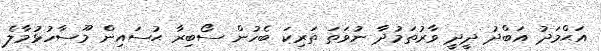
އަޙްމަދު އަބްދު ދީދީ ވާރުތަމުދާ ނުވަތަ ތަރިކަ ބެހުން ސޯބިރާ ޙުސައިން މޫސާހުޅުމާލެ